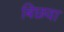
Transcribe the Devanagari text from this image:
बिछवा